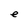
Character: e